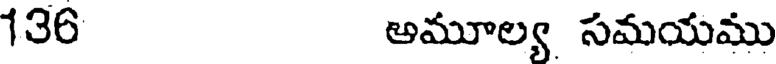
136 అమూల్య సమయము